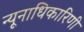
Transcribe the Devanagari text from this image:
न्यूनाधिकारिणी